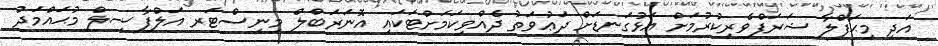
އަދި މިޙަފްލާ ޝަރަފްވެރިކުރުމަށް އަޅުގަނޑަށް ދަޢުވަތު ދެއްވިކަމަށްޓަކައި އޮނަރަބްލް މިނިސްޓަރ އަލްފާޟިލް މުޙައްމަދު